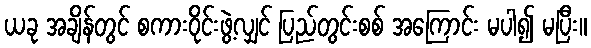
ယခု အချိန်တွင် စကားဝိုင်းဖွဲ့လျှင် ပြည်တွင်းစစ် အကြောင်း မပါ၍ မပြီး။